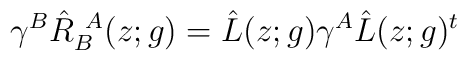
\gamma^{B}\hat{R}^{~A}_{B}(z;g)=\hat{L}(z;g)\gamma^{A}\hat{L}(z;g)^{t}